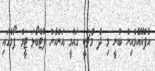
އެފްއޭއެމްއިން ބުނީ މި ދެ މެޗަކީ ގައުމީ އަންހެން ފުޓްބޯޅަ ޓީމް ފޯމްގައި